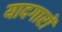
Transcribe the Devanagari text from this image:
यादगारों